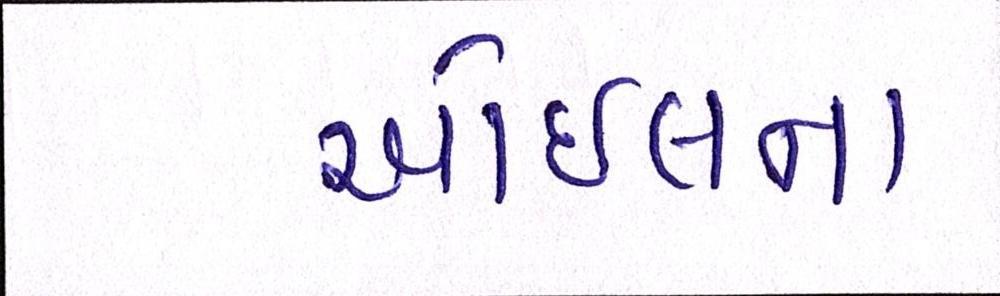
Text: ઓઇલના